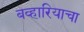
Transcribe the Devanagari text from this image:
बव्हारियाचा